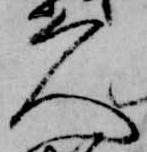
久